Proceedings of the meeting of veterinary officers in India
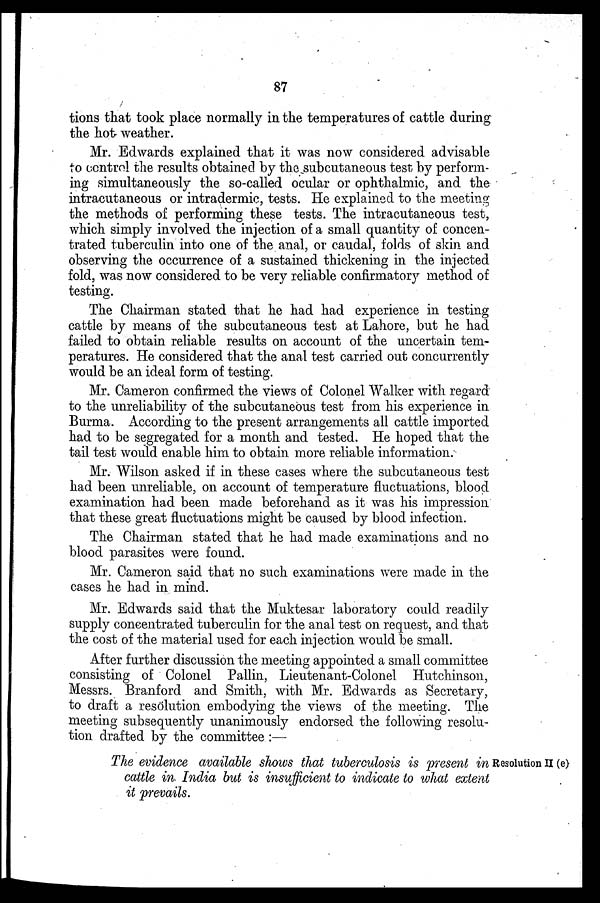
87
tions that took place normally in the temperatures of cattle during
the hot weather.
Mr. Edwards explained that it was now considered advisable
to control the results obtained by the subcutaneous test by perform-
ing simultaneously the so-called ocular or ophthalmic, and the
intracutaneous or intradermic, tests. He explained to the meeting
the methods of performing these tests. The intracutaneous test,
which simply involved the injection of a small quantity of concen-
trated tuberculin into one of the anal, or caudal, folds of skin and
observing the occurrence of a sustained thickening in the injected
fold, was now considered to be very reliable confirmatory method of
testing.
The Chairman stated that he had had experience in testing
cattle by means of the subcutaneous test at Lahore, but he had
failed to obtain reliable results on account of the uncertain tem-
peratures. He considered that the anal test carried out concurrently
would be an ideal form of testing.
Mr. Cameron confirmed the views of Colonel Walker with regard
to the unreliability of the subcutaneous test from his experience in
Burma. According to the present arrangements all cattle imported
had to be segregated for a month and tested. He hoped that the
tail test would enable him to obtain more reliable information.
Mr. Wilson asked if in these cases where the subcutaneous test
had been unreliable, on account of temperature fluctuations, blood
examination had been made beforehand as it was his impression
that these great fluctuations might be caused by blood infection.
The Chairman stated that he had made examinations and no
blood parasites were found.
Mr. Cameron said that no such examinations were made in the
cases he had in mind.
Mr. Edwards said that the Muktesar laboratory could readily
supply concentrated tuberculin for the anal test on request, and that
the cost of the material used for each injection would be small.
After further discussion the meeting appointed a small committee
consisting of Colonel Pallin, Lieutenant-Colonel Hutchinson,
Messrs. Branford and Smith, with Mr. Edwards as Secretary,
to draft a resolution embodying the views of the meeting. The
meeting subsequently unanimously endorsed the following resolu-
tion drafted by the committee :—
Resolution II (e)
The evidence available shows that tuberculosis is present in
cattle in. India but is insufficient to indicate to what extent
it prevails.